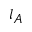
l _ { A }